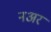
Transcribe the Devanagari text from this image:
नअर